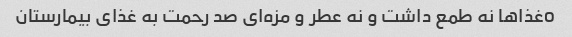
oغذاها نه طمع داشت و نه عطر و مزه‌ای صد رحمت به غذای بیمارستان